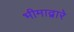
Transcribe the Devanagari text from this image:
भीमाद्वारे